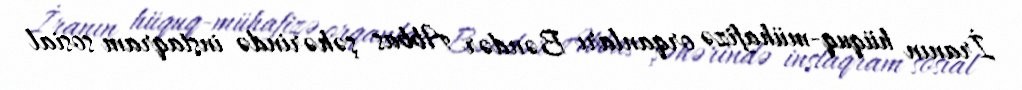
İranın hüquq-mühafizə orqanları Bəndər Abbas şəhərində instaqram sosial